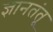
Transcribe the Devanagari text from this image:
ज्ञानतंतू